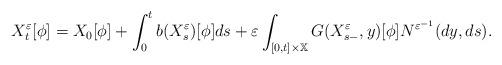
LaTeX: \begin{align*}X_{t}^{\varepsilon }[\phi ]=X_{0}[\phi ]+\int_{0}^{t}b(X_{s}^{\varepsilon})[\phi ]ds+\varepsilon \int_{\lbrack 0,t]\times \mathbb{X}}G(X_{s-}^{\varepsilon },y)[\phi ]N^{\varepsilon ^{-1}}(dy,ds).\end{align*}